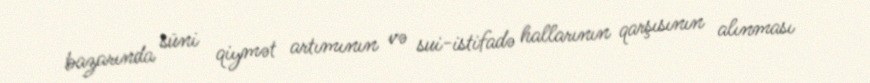
bazarında süni qiymət artımının və sui-istifadə hallarının qarşısının alınması